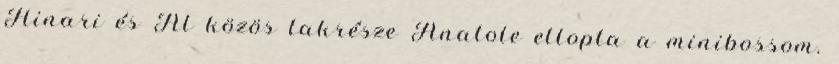
Hinari és Al közös lakrésze Anatole ellopta a minibossom.